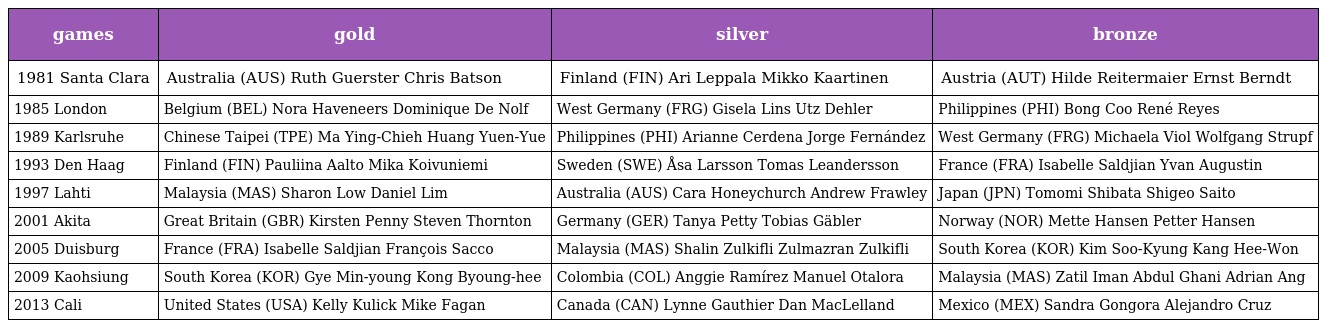
| games | gold | silver | bronze |
 | --- | --- | --- | --- |
 | 1981 Santa Clara | Australia (AUS) Ruth Guerster Chris Batson | Finland (FIN) Ari Leppala Mikko Kaartinen | Austria (AUT) Hilde Reitermaier Ernst Berndt |
 | 1985 London | Belgium (BEL) Nora Haveneers Dominique De Nolf | West Germany (FRG) Gisela Lins Utz Dehler | Philippines (PHI) Bong Coo René Reyes |
 | 1989 Karlsruhe | Chinese Taipei (TPE) Ma Ying-Chieh Huang Yuen-Yue | Philippines (PHI) Arianne Cerdena Jorge Fernández | West Germany (FRG) Michaela Viol Wolfgang Strupf |
 | 1993 Den Haag | Finland (FIN) Pauliina Aalto Mika Koivuniemi | Sweden (SWE) Åsa Larsson Tomas Leandersson | France (FRA) Isabelle Saldjian Yvan Augustin |
 | 1997 Lahti | Malaysia (MAS) Sharon Low Daniel Lim | Australia (AUS) Cara Honeychurch Andrew Frawley | Japan (JPN) Tomomi Shibata Shigeo Saito |
 | 2001 Akita | Great Britain (GBR) Kirsten Penny Steven Thornton | Germany (GER) Tanya Petty Tobias Gäbler | Norway (NOR) Mette Hansen Petter Hansen |
 | 2005 Duisburg | France (FRA) Isabelle Saldjian François Sacco | Malaysia (MAS) Shalin Zulkifli Zulmazran Zulkifli | South Korea (KOR) Kim Soo-Kyung Kang Hee-Won |
 | 2009 Kaohsiung | South Korea (KOR) Gye Min-young Kong Byoung-hee | Colombia (COL) Anggie Ramírez Manuel Otalora | Malaysia (MAS) Zatil Iman Abdul Ghani Adrian Ang |
 | 2013 Cali | United States (USA) Kelly Kulick Mike Fagan | Canada (CAN) Lynne Gauthier Dan MacLelland | Mexico (MEX) Sandra Gongora Alejandro Cruz |